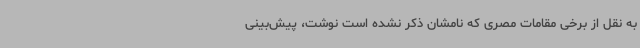
به نقل از برخی مقامات مصری که نامشان ذکر نشده است نوشت، پیش‌بینی